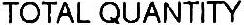
TOTAL QUANTITY